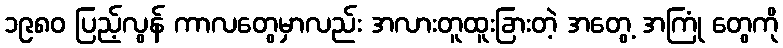
၁၉၈၀ ပြည့်လွန် ကာလတွေမှာလည်း အလားတူထူးခြားတဲ့ အတွေ့ အကြုံ တွေကို